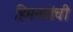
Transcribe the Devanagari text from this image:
हिमनद्यांची